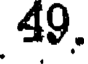
49.